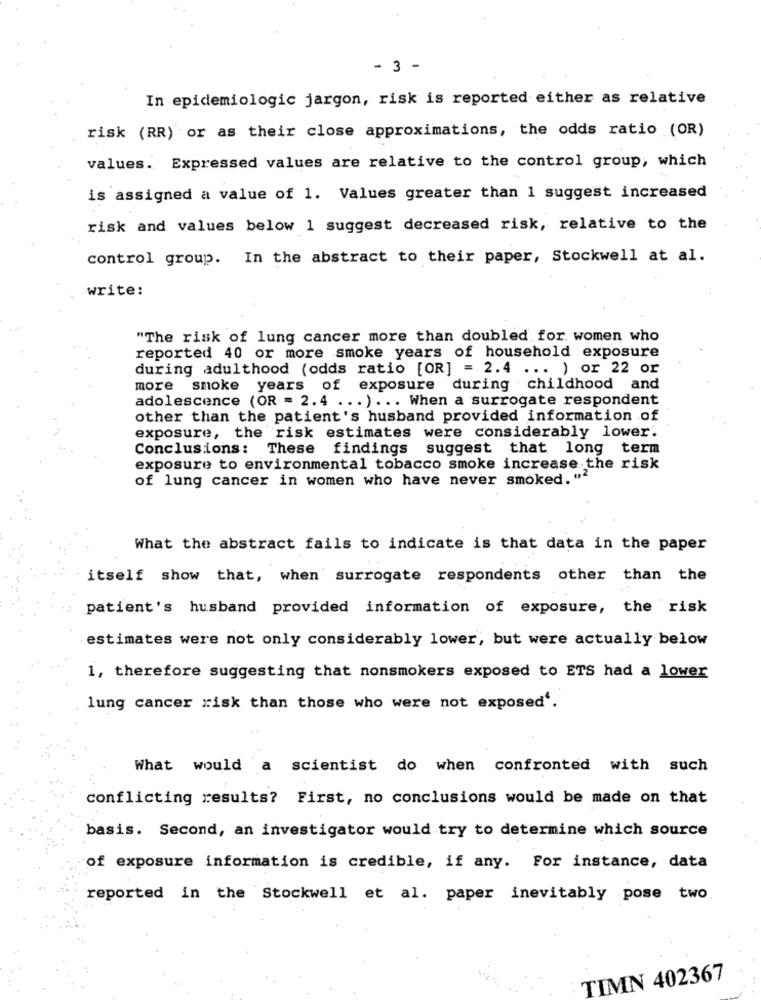
- 3 -
In epidemiologic jargon, risk is reported either as relative
risk (RR) or as their close approximations, the odds ratio (OR)
values. Expressed values are relative to the control group, which
is assigned a value of 1. Values greater than 1 suggest increased
risk and values below 1 suggest decreased risk, relative to the
control group. In the abstract to their paper, Stockwell at al.
write:
"The risk of lung cancer more than doubled for women who
reported 40 or more smoke years of household exposure
during adulthood (odds ratio [OR] = 2.4 ... ) or 22 or
more smoke years of exposure during childhood and
adolescence (OR = 2.4 ... ) ... When a surrogate respondent
other than the patient's husband provided information of
exposure, the risk estimates were considerably lower.
Conclusions: These findings suggest that long term
exposure to environmental tobacco smoke increase the risk
of lung cancer in women who have never smoked. "2
What the abstract fails to indicate is that data in the paper
itself show that, when surrogate respondents other than the
patient's husband provided information of exposure, the risk
estimates were not only considerably lower, but were actually below
1, therefore suggesting that nonsmokers exposed to ETS had a lower
lung cancer risk than those who were not exposed'.
What would a scientist do when confronted with such
conflicting results? First, no conclusions would be made on that
basis. Second, an investigator would try to determine which source
of exposure information is credible, if any. For instance, data
reported in the Stockwell et al. paper inevitably pose two
TIMN 402367